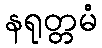
နရုတ္တမံ